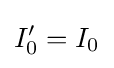
I'_{0}=I_{0}